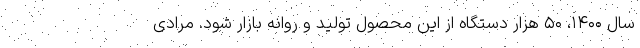
سال ۱۴۰۰، ۵۰ هزار دستگاه از این محصول تولید و روانه بازار شود. مرادی